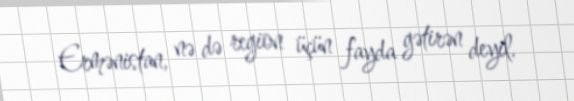
Ermənistan, nə də region üçün fayda gətirən deyil.